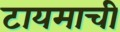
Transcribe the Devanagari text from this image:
टायमाची